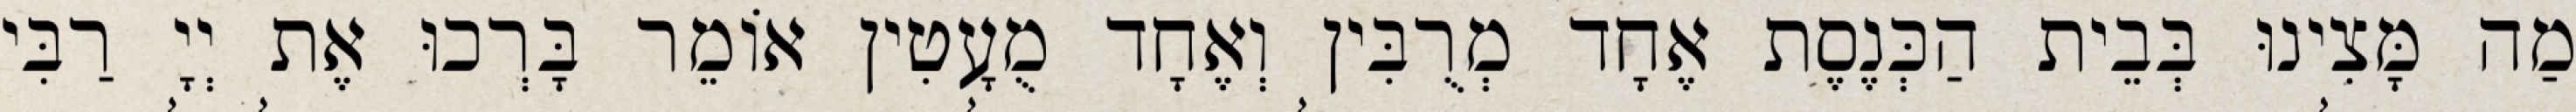
מַה מָּצִינוּ בְּבֵית הַכְּנֶסֶת אֶחָד מְרֻבִּין וְאֶחָד מֻעָטִין אוֹמֵר בָּרְכוּ אֶת יְיָ רַבִּי